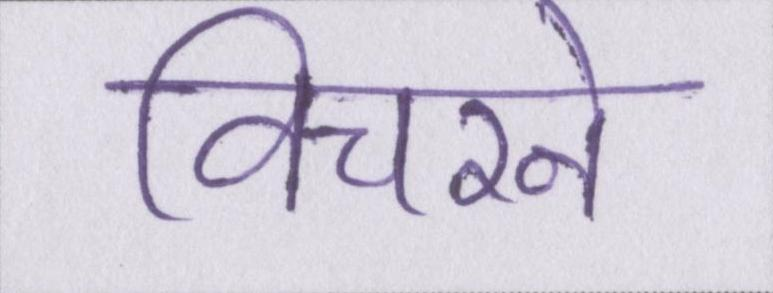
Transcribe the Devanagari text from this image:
विचरने